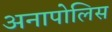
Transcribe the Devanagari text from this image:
अनापोलिस